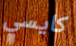
كايسي